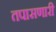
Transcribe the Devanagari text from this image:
तपासणारी